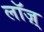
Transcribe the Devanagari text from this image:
लॉज़्